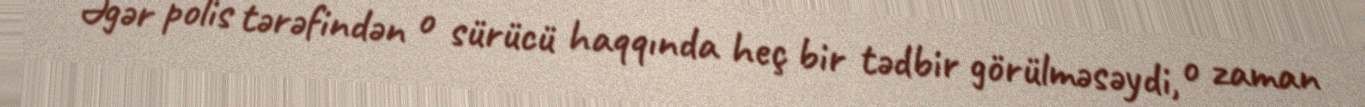
Əgər polis tərəfindən o sürücü haqqında heç bir tədbir görülməsəydi, o zaman